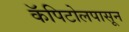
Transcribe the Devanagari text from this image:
कॅपिटोलपासून